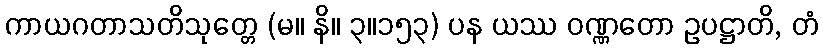
ကာယဂတာသတိသုတ္တေ (မ။ နိ။ ၃။၁၅၃) ပန ယဿ ဝဏ္ဏတော ဥပဋ္ဌာတိ, တံ